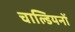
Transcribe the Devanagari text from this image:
चाल्डियनों